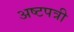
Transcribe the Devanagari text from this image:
अष्टपत्री